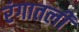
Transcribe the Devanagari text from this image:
रंगातली